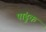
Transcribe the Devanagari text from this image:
पांडुक